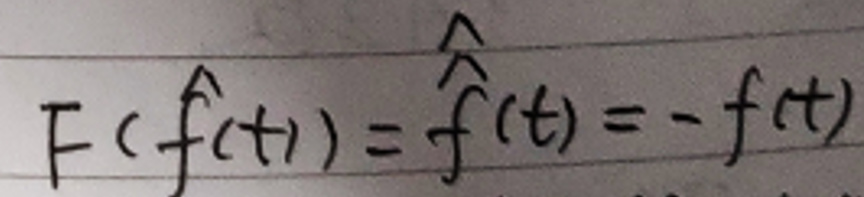
$F ( \hat { f } ( t ) ) = \hat { f } ( t ) = - f ( t )$